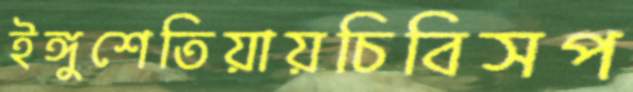
ইঙ্গুশেতিয়ায়চিবিসপ